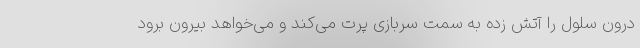
درون سلول را آتش زده به سمت سربازی پرت می‌کند و می‌خواهد بیرون برود